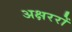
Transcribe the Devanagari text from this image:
अक्षररों